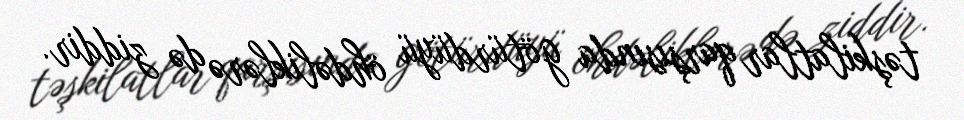
təşkilatlar qarşısında götürdüyü öhdəliklərə də ziddir.